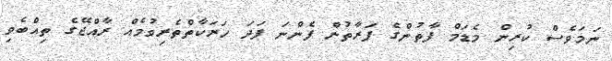
ނަމަވެސް ކުރިން މެޑަމް ފާތުންގެ ފަރާތުން ފެންނަ ފަދަ ހަރަކާތްތެރިވުމެއް ރާއްޖޭގެ ތިއްބެވި